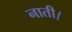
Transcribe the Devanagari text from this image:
नाती।